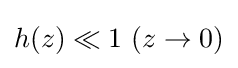
{\textstyle h(z)\ll 1\ (z\to 0)}